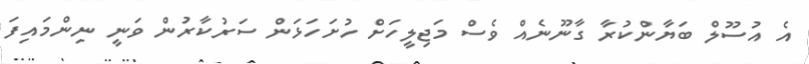
އެ އުސޫލް ބަޔާންކުރާ ގާނޫނެއް ވެސް މަޖިލީހަށް ހުށަހަޅަން ސަރުކާރުން ވަނީ ނިންމައިފަ